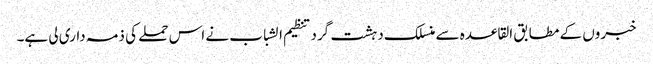
خبروں کے مطابق القاعدہ سے منسلک دہشت گرد تنظیم الشباب نے اس حملے کی ذمہ داری لی ہے۔